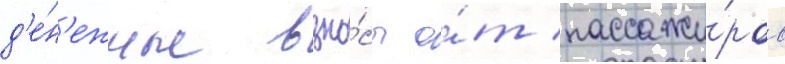
д'е́н'ежные взно́сы о́т пассажи́ров